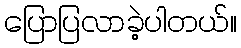
ပြောပြလာခဲ့ပါတယ်။